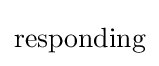
{\text{responding}}